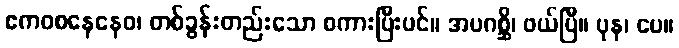
ဧကဝစနေနေဝ၊ တစ်ခွန်းတည်းသော စကားပြီးပင်။ အပဂစ္ဆိ၊ ဖယ်ပြီ။ ပုန၊ ပေ။